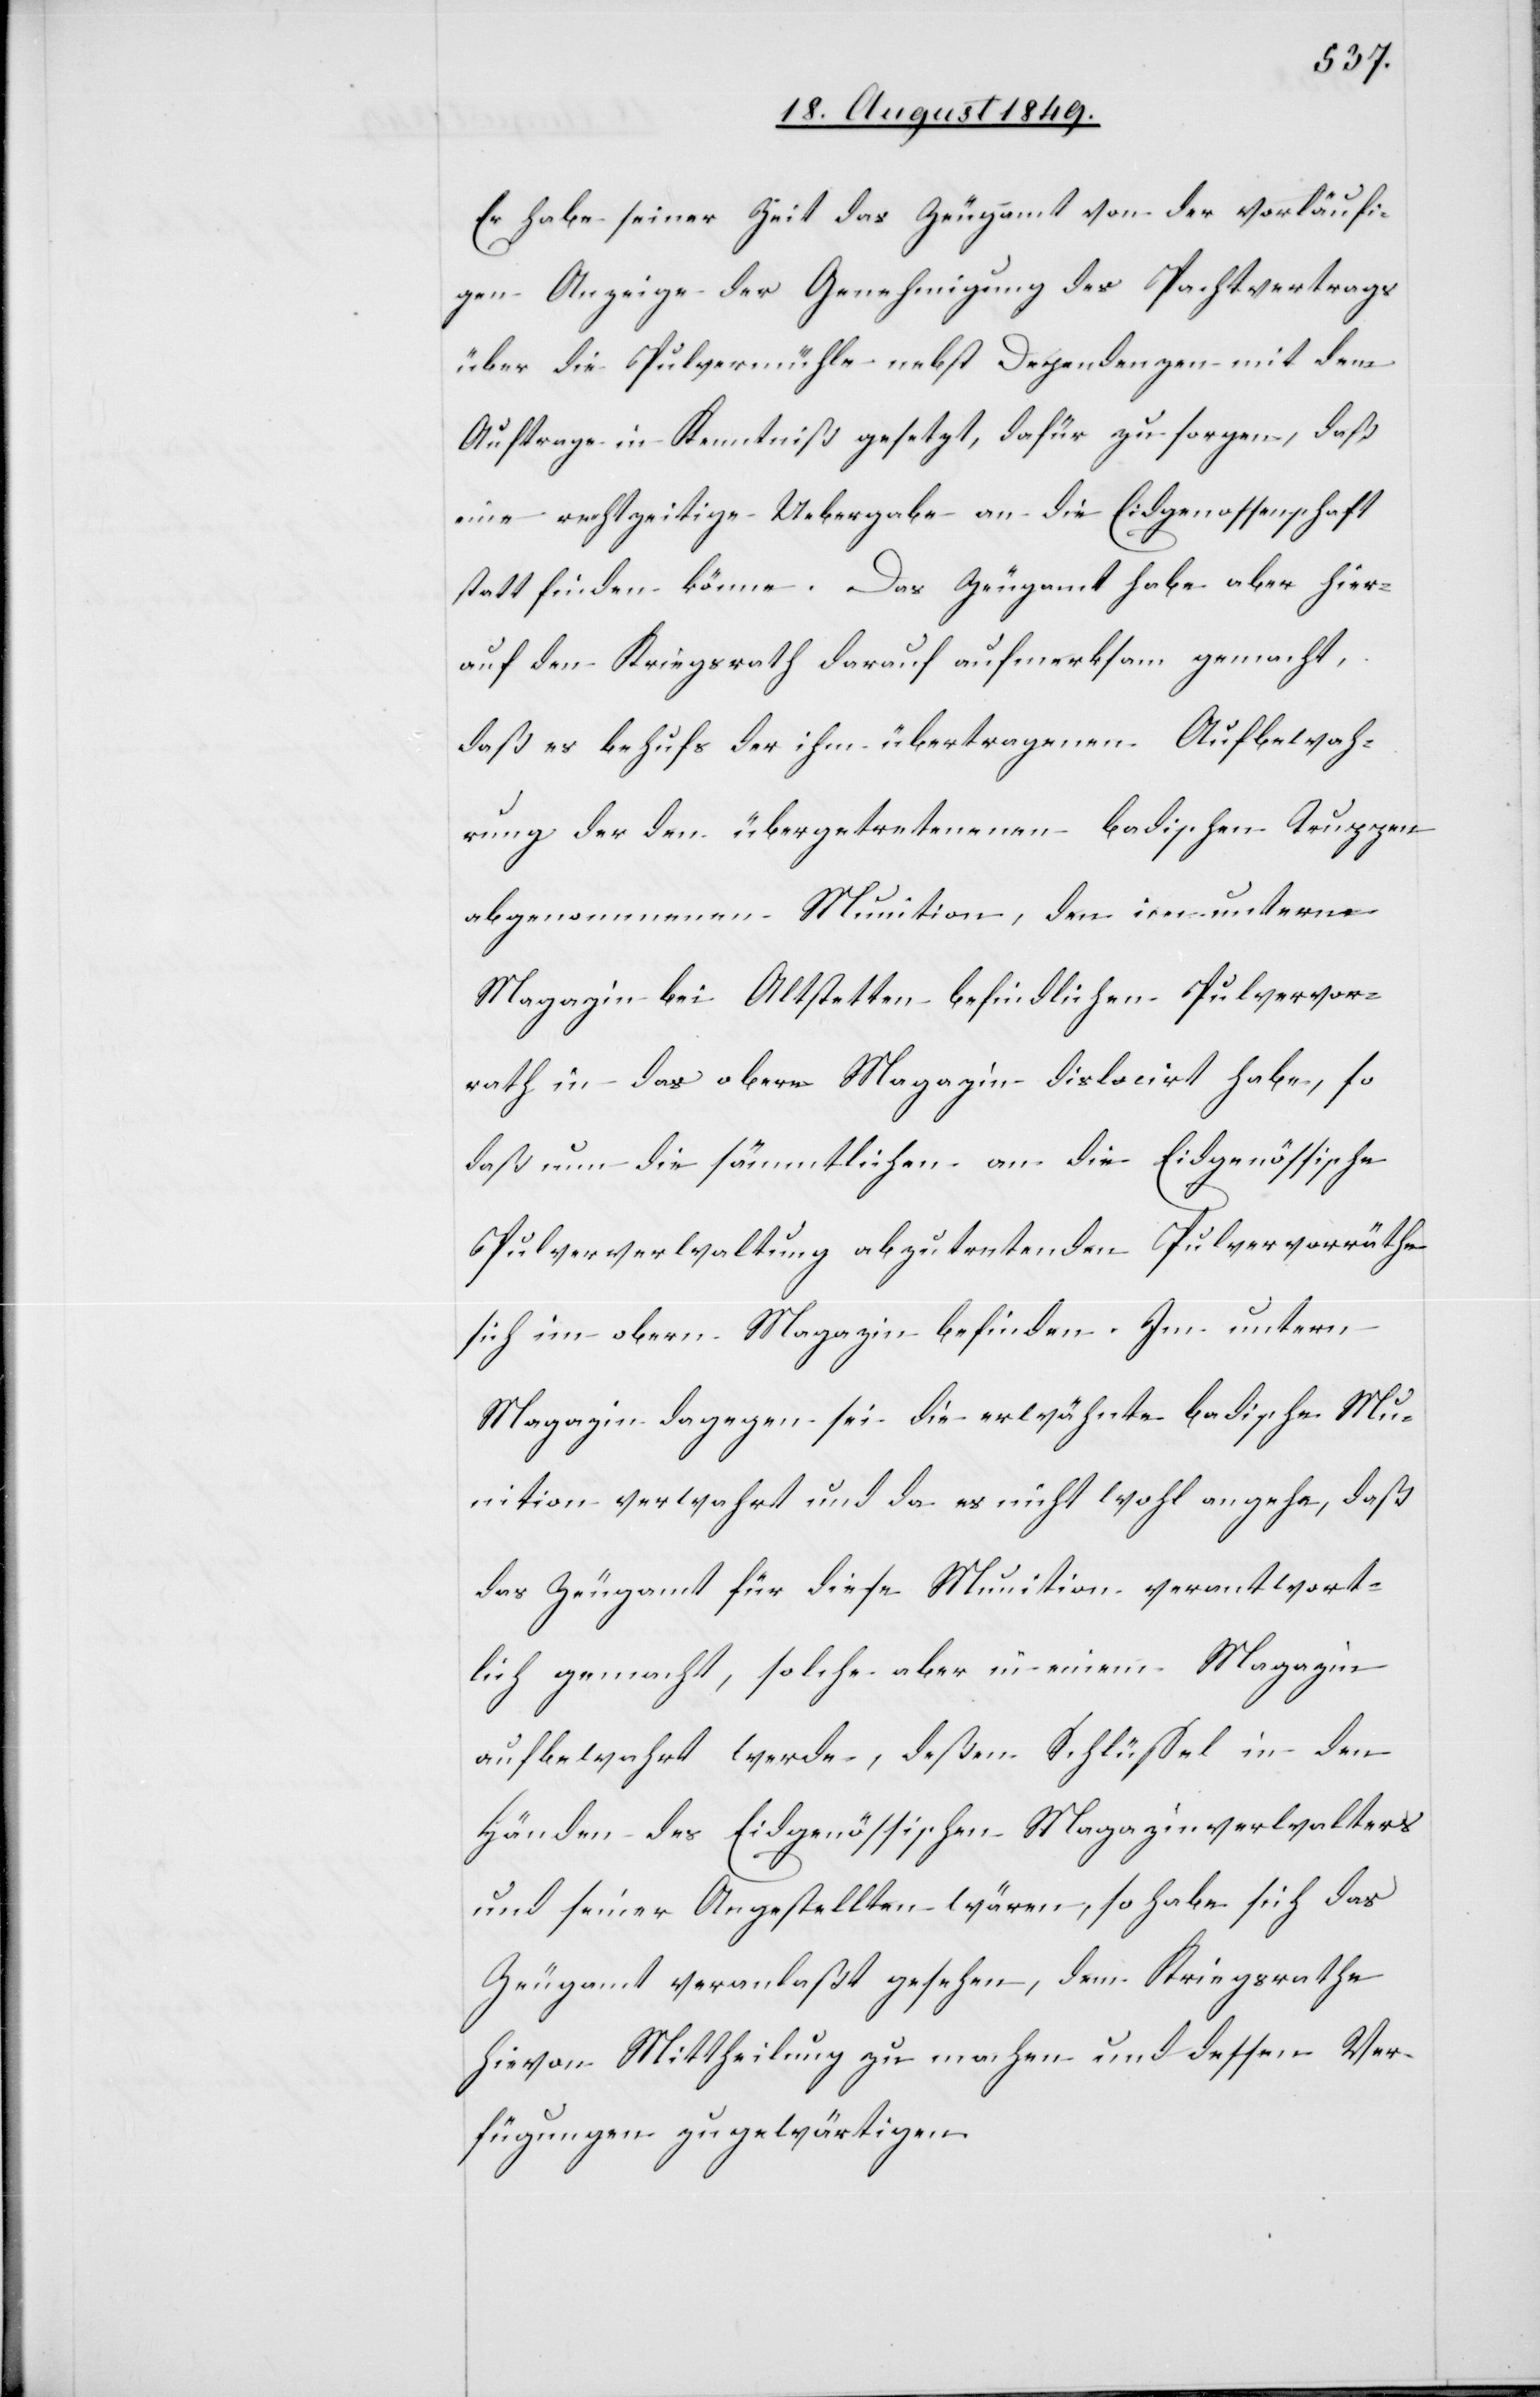
Er habe seiner Zeit das Zeugamt von der vorläufi¬
gen Anzeige der Genehmigung des Pachtvertrags
über die Pulvermühle nebst Dependenzen mit dem
Auftrage in Kenntniß gesetzt, dafür zu sorgen, daß
eine rechtzeitige Uebergabe an die Eidgenossenschaft
statt finden könne. Das Zeugamt habe aber hier¬
auf den Kriegsrath darauf aufmerksam gemacht,
daß es behufs der ihm übertragenen Aufbewah¬
rung der den übergetretenen badischen Truppen
abgenommenen Munition, den im untern
Magazin bei Altstetten befindlichen Pulvervor¬
rath in das obere Magazin dislocirt habe, so
daß nun die sämmtlichen an die Eidgenössische
Pulververwaltung abzutretenden Pulvervorräthe
sich im obern Magazin befinden. Im untern
Magazin dagegen sei die erwähnte badische Mu¬
nition verwahrt und da es nicht wohl angehe, daß
das Zeugamt für diese Munition verantwort¬
lich gemacht, solche aber in einem Magazin
aufbewahrt werde, deßen Schlüssel in den
Händen des Eidgenössischen Magazinverwalters
und seiner Angestellten wären, so habe sich das
Zeugamt veranlaßt gesehen, dem Kriegsrathe
hievon Mittheilung zu machen und dessen Ver¬
fügungen zu gewärtigen.